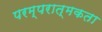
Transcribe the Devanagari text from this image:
परम्परात्मकता